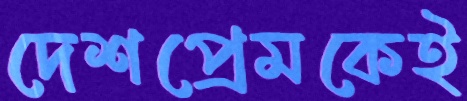
দেশপ্রেমকেই